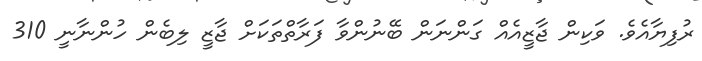
ރުފިޔާއެވެ. ވަކިން ޖާޒީއެއް ގަންނަން ބޭނުންވާ ފަރާތްތަކަށް ޖާޒީ ލިބެން ހުންނާނީ 310